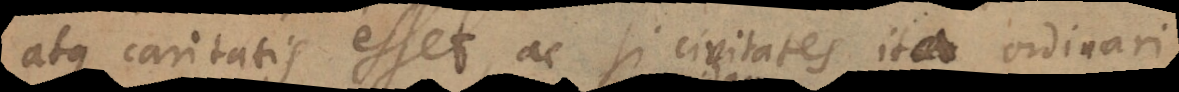
atque caritatis esset, ac si civitates ita ordinari